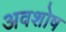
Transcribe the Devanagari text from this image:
अवशोष